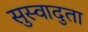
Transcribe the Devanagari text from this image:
सुस्वादुता